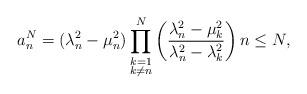
LaTeX: \begin{align*}a_n^N = (\lambda_n^2-\mu_n^2) \prod_{\substack{k=1 \\ k\ne n}}^N \left( \frac{\lambda_n^2 - \mu_k^2}{\lambda_n^2 - \lambda_k^2} \right) n\le N, \end{align*}